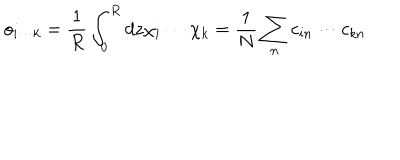
LaTeX: o _ { i \cdots k } = \frac { 1 } { R } \int _ { 0 } ^ { R } d z \chi _ { i } \cdots \chi _ { k } = \frac { 1 } { N } \sum _ { n } c _ { i n } \cdots c _ { k n }